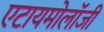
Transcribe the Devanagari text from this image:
एटायमोलॉजी